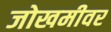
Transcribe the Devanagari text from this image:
जोखमीवर